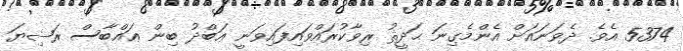
5374 އެވެ. ދެވަނައަށް އެންމެގިނަ ޙަދީޘު ރިވާކުރައްވައިފައިވަނީ ޢަބްދު ބިން ޢައްބާސް ރަޟިޔަ